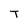
Character: T